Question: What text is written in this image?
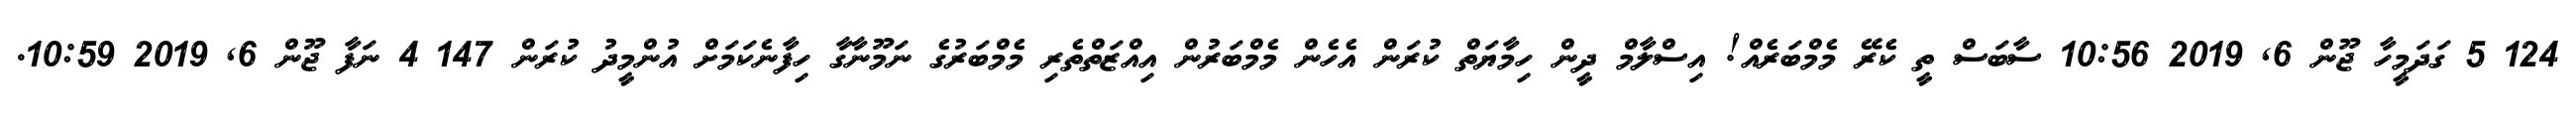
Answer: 124 5 ގަދަމީހާ ޖޫން 6, 2019 10:56 ސާބަސް ތީ ކެރޭ މެމްބަރެއް! އިސްލާމް ދީން ހިމާޔަތް ކުރަން އެހެން މެމްބަރުން އިއްޒަތްތެރި މެމްބަރުގެ ނަމޫނާގާ ހިފާނެކަމަށް އުންމީދު ކުރަން 147 4 ނަފާ ޖޫން 6, 2019 10:59.